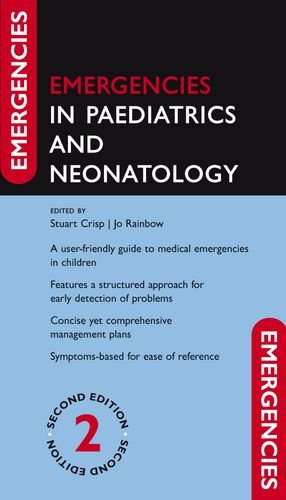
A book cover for Emergencies in Paediatrics and Neonatology; Stuart Crisp; Medical Books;